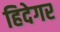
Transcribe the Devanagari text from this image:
हिदेगर